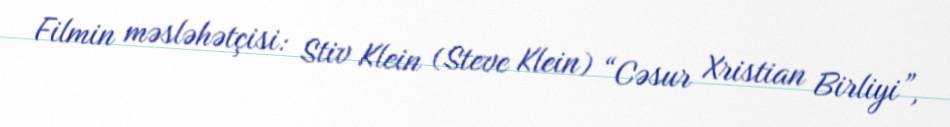
Filmin məsləhətçisi: Stiv Klein (Steve Klein) “Cəsur Xristian Birliyi”,